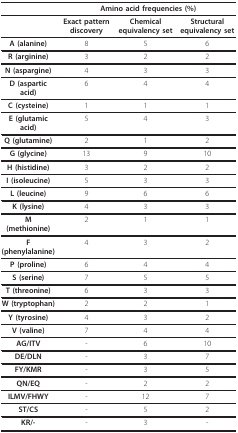
<table><thead><tr><td></td><td colspan="3"><b>Amino acid frequencies (%)</b></td></tr></thead><tbody><tr><td></td><td><b>Exact pattern discovery</b></td><td><b>Chemical equivalency set</b></td><td><b>Structural equivalency set</b></td></tr><tr><td><b>A (alanine)</b></td><td>8</td><td>5</td><td>6</td></tr><tr><td><b>R (arginine)</b></td><td>3</td><td>2</td><td>2</td></tr><tr><td><b>N (aspargine)</b></td><td>4</td><td>3</td><td>3</td></tr><tr><td><b>D (aspartic acid)</b></td><td>6</td><td>4</td><td>4</td></tr><tr><td><b>C (cysteine)</b></td><td>1</td><td>1</td><td>1</td></tr><tr><td><b>E (glutamic acid)</b></td><td>5</td><td>4</td><td>3</td></tr><tr><td><b>Q (glutamine)</b></td><td>2</td><td>1</td><td>2</td></tr><tr><td><b>G (glycine)</b></td><td>13</td><td>9</td><td>10</td></tr><tr><td><b>H (histidine)</b></td><td>3</td><td>2</td><td>2</td></tr><tr><td><b>I (isoleucine)</b></td><td>5</td><td>3</td><td>3</td></tr><tr><td><b>L (leucine)</b></td><td>9</td><td>6</td><td>6</td></tr><tr><td><b>K (lysine)</b></td><td>4</td><td>3</td><td>3</td></tr><tr><td><b>M (methionine)</b></td><td>2</td><td>1</td><td>1</td></tr><tr><td><b>F (phenylalanine)</b></td><td>4</td><td>3</td><td>2</td></tr><tr><td><b>P (proline)</b></td><td>6</td><td>4</td><td>4</td></tr><tr><td><b>S (serine)</b></td><td>7</td><td>5</td><td>5</td></tr><tr><td><b>T (threonine)</b></td><td>6</td><td>3</td><td>3</td></tr><tr><td><b>W (tryptophan)</b></td><td>2</td><td>2</td><td>1</td></tr><tr><td><b>Y (tyrosine)</b></td><td>4</td><td>3</td><td>2</td></tr><tr><td><b>V (valine)</b></td><td>7</td><td>4</td><td>4</td></tr><tr><td><b>AG/ITV</b></td><td>-</td><td>6</td><td>10</td></tr><tr><td><b>DE/DLN</b></td><td>-</td><td>3</td><td>7</td></tr><tr><td><b>FY/KMR</b></td><td>-</td><td>3</td><td>5</td></tr><tr><td><b>QN/EQ</b></td><td>-</td><td>2</td><td>2</td></tr><tr><td><b>ILMV/FHWY</b></td><td>-</td><td>12</td><td>7</td></tr><tr><td><b>ST/CS</b></td><td>-</td><td>5</td><td>2</td></tr><tr><td><b>KR/-</b></td><td>-</td><td>3</td><td>-</td></tr></tbody></table>